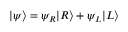
| \psi \rangle = \psi _ { R } | R \rangle + \psi _ { L } | L \rangle